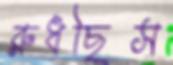
রুধছিস